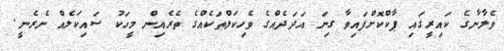
ވެލާނާގެ ކައިރީގައި ޕާކްކޮށްފައިވާ ގިނަ އަދަދެއްގެ ވެހިކަލްތަކެއްގެ ތެރެއިން މީހަކު ސައިކަލެއް ނެރެނީ.